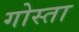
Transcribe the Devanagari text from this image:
गोस्ता